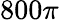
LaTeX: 800\pi